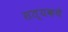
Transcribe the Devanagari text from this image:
सत्यकथे